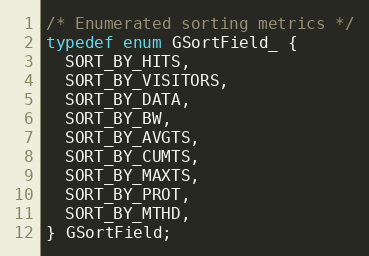
Language: C
/* Enumerated sorting metrics */
typedef enum GSortField_ {
  SORT_BY_HITS,
  SORT_BY_VISITORS,
  SORT_BY_DATA,
  SORT_BY_BW,
  SORT_BY_AVGTS,
  SORT_BY_CUMTS,
  SORT_BY_MAXTS,
  SORT_BY_PROT,
  SORT_BY_MTHD,
} GSortField;